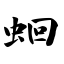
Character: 蛔